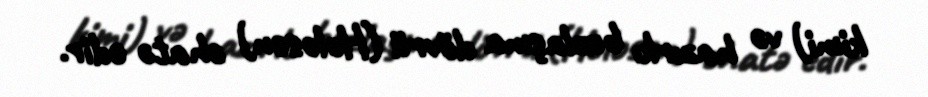
kimi) və hazırkı buzlaşma dövrü (Holosen) əhatə edir.